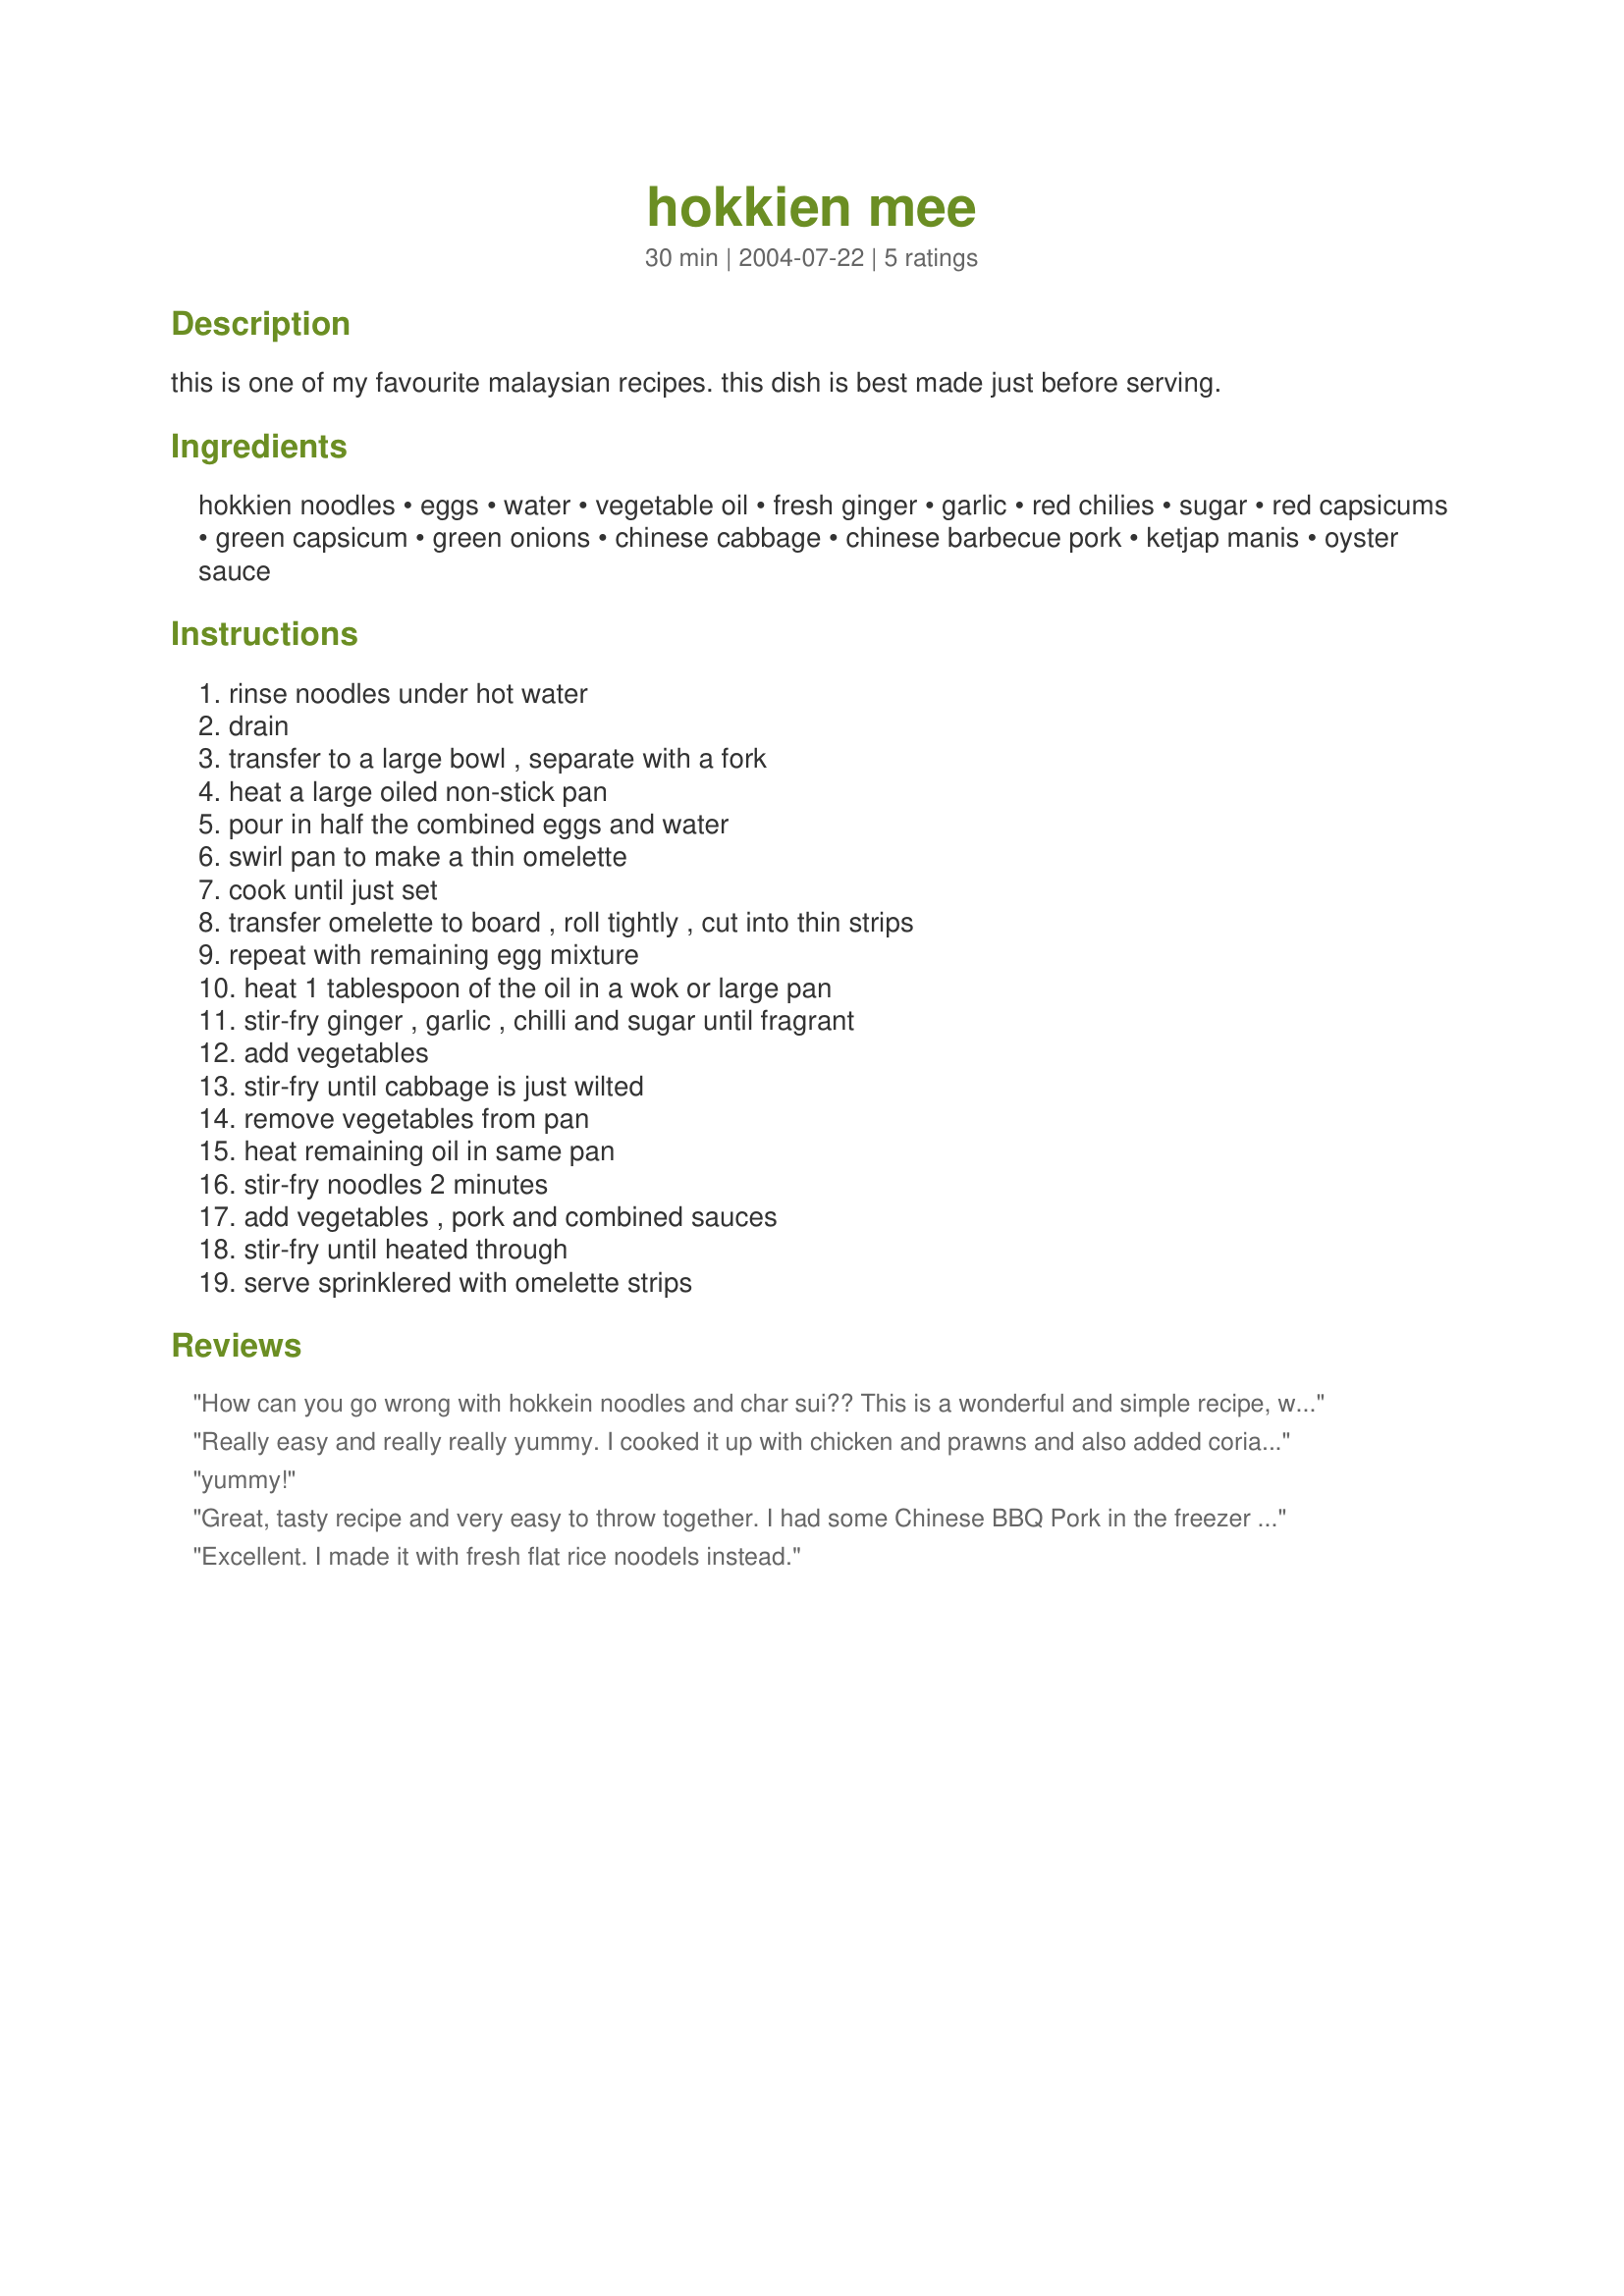
hokkien mee
Preparation time: 30 minutes

this is one of my favourite malaysian recipes. this dish is best made just before serving.

Ingredients:
hokkien noodles, eggs, water, vegetable oil, fresh ginger, garlic, red chilies, sugar, red capsicums, green capsicum, green onions, chinese cabbage, chinese barbecue pork, ketjap manis, oyster sauce

Steps:
rinse noodles under hot water, drain, transfer to a large bowl , separate with a fork, heat a large oiled non-stick pan, pour in half the combined eggs and water, swirl pan to make a thin omelette, cook until just set, transfer omelette to board , roll tightly , cut into thin strips, repeat with remaining egg mixture, heat 1 tablespoon of the oil in a wok or large pan, stir-fry ginger , garlic , chilli and sugar until fragrant, add vegetables, stir-fry until cabbage is just wilted, remove vegetables from pan, heat remaining oil in same pan, stir-fry noodles 2 minutes, add vegetables , pork and combined sauces, stir-fry until heated through, serve sprinklered with omelette strips

Reviews:
How can you go wrong with hokkein noodles and char sui?? This is a wonderful and simple recipe, we loved it. I left the seeds in my birds eye chillies as we like it hot and also used a juilienned carrot rather than capsicum. Would probably increse the wong bok next time as I just love it coated with that yummy sauce! Only thing I did differently was to soak my noodles in hot water for a few minutes, which meant I didn't have to remove the veggies from the wok; just added noodles, pork, sauces and we were done! Thanks for a great recipe.
Really easy and really really yummy. I cooked it up with chicken and prawns and also added coriander to the herbs and it was sensational. Having lived in Malaysia for 3 years this was really really close to the real deal! Definitely a family favourite!
yummy!
Great, tasty recipe and very easy to throw together. I had some Chinese BBQ Pork in the freezer that needed using up and this worked perfectly in your recipe. The pork defrosted on the bench while I was cutting the veggies. This time around I used garlic, chilli and ginger from a jar and forgot the sugar. Yum, thanks Terese.
Excellent. I made it with fresh flat rice noodels instead.
